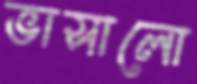
ভাসালো